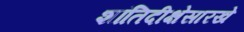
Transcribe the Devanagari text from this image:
शांतिदीक्षेसारखे